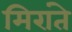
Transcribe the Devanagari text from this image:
मिरांते